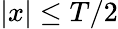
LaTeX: |x|\le T/2